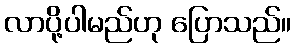
လာပို့ပါမည်ဟု ပြောသည်။